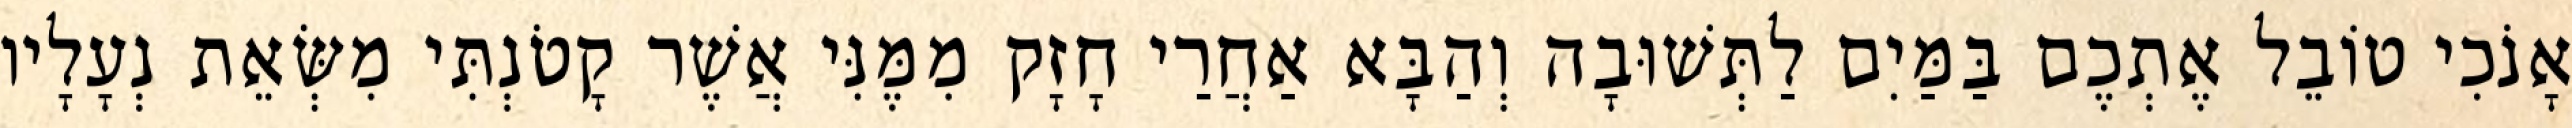
אָנֹכִי טוֹבֵל אֶתְכֶם בַּמַּיִם לַתְּשׁוּבָה וְהַבָּא אַחֲרַי חָזָק מִמֶּנִּי אֲשֶׁר קָטֹנְתִּי מִשְּׂאֵת נְעָלָיו